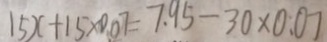
1 5 x + 1 5 \times 0 . 0 7 = 7 . 9 5 - 3 0 \times 0 . 0 7